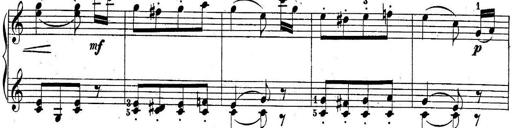
Title: 10 Sonatines progressives
Composer: Anton Schmoll